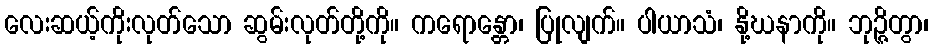
လေးဆယ့်ကိုးလုတ်သော ဆွမ်းလုတ်တို့ကို။ ကရောန္တော၊ ပြုလျက်။ ပါယာသံ၊ နို့ဃနာကို။ ဘုဉ္ဇိတွာ၊